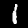
Label: 1